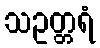
သဥတ္တရံ